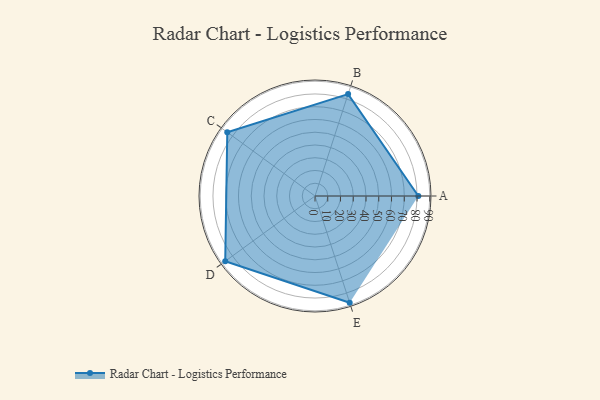
{"axis": {"x": "Skill", "y": "Score"}, "legend": ["Profile"], "data": [{"x": "A", "y": 81.0, "type": "Profile"}, {"x": "B", "y": 84.0, "type": "Profile"}, {"x": "C", "y": 85.0, "type": "Profile"}, {"x": "D", "y": 87.0, "type": "Profile"}, {"x": "E", "y": 88.0, "type": "Profile"}]}